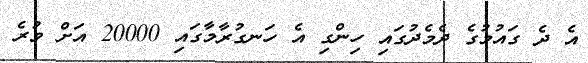
އެ ދެ ގައުމުގެ ދެމެދުގައި ހިންގި އެ ހަނގުރާމާގައި 20000 އަށް ވުރެ